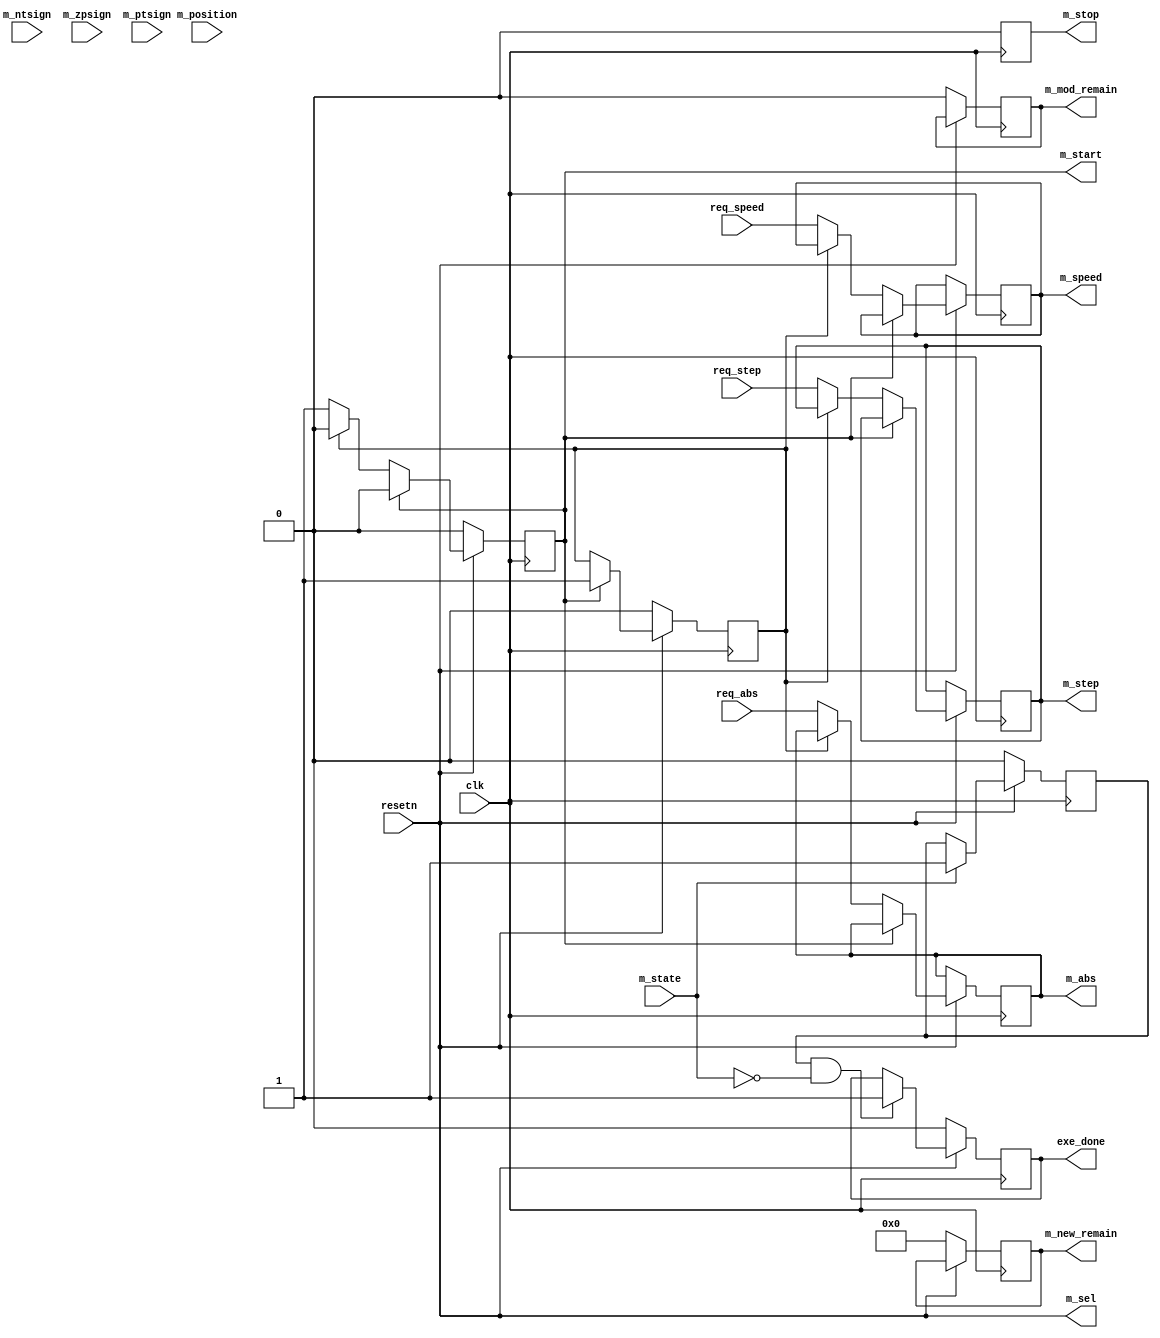
module RM_ctl # (
	parameter integer C_STEP_NUMBER_WIDTH = 32,
	parameter integer C_SPEED_DATA_WIDTH  = 32
) (
	input wire clk,
	input wire resetn,

	output reg          exe_done,

        input wire                                  req_abs,
        input wire [C_SPEED_DATA_WIDTH-1:0]         req_speed,
        input wire signed [C_STEP_NUMBER_WIDTH-1:0] req_step,

        output wire                                  m_sel     ,
        input  wire                                  m_ntsign  ,
        input  wire                                  m_zpsign  ,
        input  wire                                  m_ptsign  ,
        input  wire                                  m_state   ,
        input  wire signed [C_STEP_NUMBER_WIDTH-1:0] m_position,
        output reg                                   m_start   ,
        output reg                                   m_stop    ,
        output reg  [C_SPEED_DATA_WIDTH-1:0]         m_speed   ,
        output reg signed [C_STEP_NUMBER_WIDTH-1:0]  m_step    ,
        output reg                                   m_abs     ,
        output reg                                   m_mod_remain,
        output reg signed [C_STEP_NUMBER_WIDTH-1:0]  m_new_remain
);

	reg m_started;
	wire m_running;
	assign m_running = m_state;
	always @ (posedge clk) begin
		if (resetn == 1'b0)
			m_started <= 1'b0;
		else if (m_start)
			m_started <= 1'b1;
	end

	reg m_run_over;
	always @ (posedge clk) begin
		if (resetn == 1'b0)
			m_run_over <= 1'b0;
		else if (m_running)
			m_run_over <= 1'b1;
	end
	wire m_stopped;
	assign m_stopped = (m_run_over && ~m_running);

	/// stop
	always @ (posedge clk) begin
		if (resetn == 1'b0)
			m_stop <= 1'b0;
		else if (m_stop == 1'b1)
			m_stop <= 1'b0;
		/// @todo always 0 now
	end

	/// start
	always @ (posedge clk) begin
		if (resetn == 1'b0) begin
			m_start  <= 1'b0;
		end
		else if (m_start == 1'b1) begin
			m_start  <= 1'b0;
		end
		else if (m_started == 1'b0) begin
			m_start <= 1'b1;
			m_speed <= req_speed;
			m_step  <= req_step;
                        m_abs   <= req_abs;
		end
	end

	/// change remain step
	always @ (posedge clk) begin
		if (resetn == 1'b0) begin
			m_mod_remain  <= 1'b0;
			m_new_remain  <= 0;
		end
	end

	//////////////// exe_done
	always @ (posedge clk) begin
		if (resetn == 1'b0)
			exe_done <= 1'b0;
		else if (m_stopped)
			exe_done <= 1'b1;
	end

	assign m_sel = resetn;
endmodule